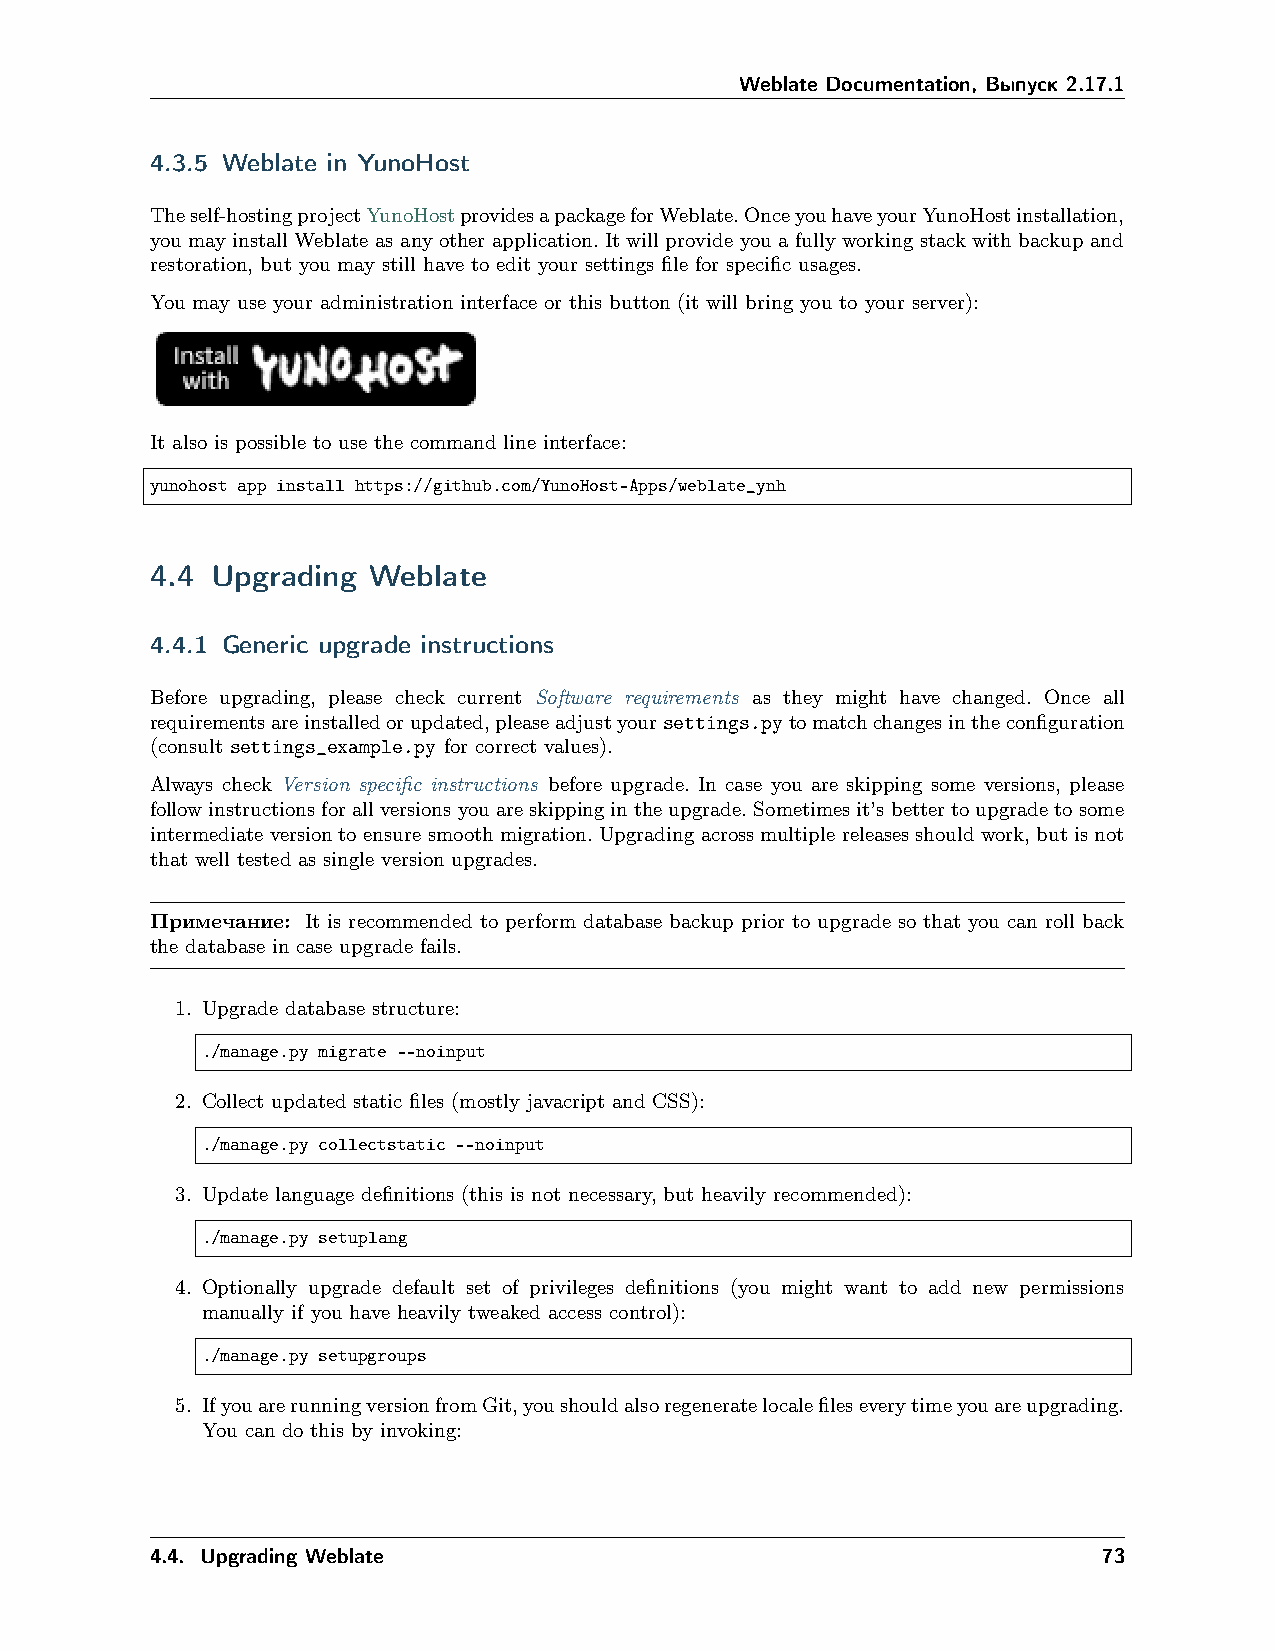
Weblate Documentation, Выпуск 2.17.1
 4.3.5 Weblate in YunoHost
 Theself-hostingprojectYunoHostprovidesapackageforWeblate.OnceyouhaveyourYunoHostinstallation,
 you may install Weblate as any other application. It will provide you a fully working stack with backup and
 restoration, but you may still have to edit your settings file for specific usages.
 You may use your administration interface or this button (it will bring you to your server):
 It also is possible to use the command line interface:
 yunohost app install https://github.com/YunoHost-Apps/weblate_ynh
 4.4 Upgrading Weblate
 4.4.1 Generic upgrade instructions
 Before upgrading, please check current Software requirements as they might have changed. Once all
 requirementsareinstalledorupdated,pleaseadjustyoursettings.pytomatchchangesintheconfiguration
 (consult settings_example.py for correct values).
 Always check Version specific instructions before upgrade. In case you are skipping some versions, please
 followinstructionsforallversionsyouareskippingintheupgrade.Sometimesit’sbettertoupgradetosome
 intermediateversiontoensuresmoothmigration.Upgradingacrossmultiplereleasesshouldwork,butisnot
 that well tested as single version upgrades.
 Примечание: It is recommended to perform database backup prior to upgrade so that you can roll back
 the database in case upgrade fails.
 1. Upgrade database structure:
 ./manage.py migrate --noinput
 2. Collect updated static files (mostly javacript and CSS):
 ./manage.py collectstatic --noinput
 3. Update language definitions (this is not necessary, but heavily recommended):
 ./manage.py setuplang
 4. Optionally upgrade default set of privileges definitions (you might want to add new permissions
 manually if you have heavily tweaked access control):
 ./manage.py setupgroups
 5. IfyouarerunningversionfromGit,youshouldalsoregeneratelocalefileseverytimeyouareupgrading.
 You can do this by invoking:
 4.4. Upgrading Weblate                                         73